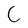
Character: C